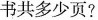
书共多少页?